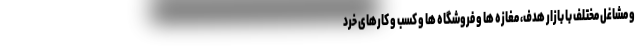
و مشاغل مختلف با بازار هدف، مغازه ها و فروشگاه ها و کسب و کارهای خرد